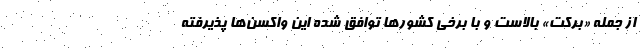
از جمله «برکت» بالاست و با برخی کشورها توافق شده این واکسن‌ها پذیرفته